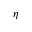
\eta